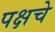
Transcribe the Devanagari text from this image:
पक्षचे